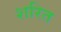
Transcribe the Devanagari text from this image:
शरित